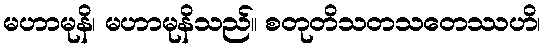
မဟာမုနိ၊ မဟာမုနိသည်။ စတုတိသတသတေဿဟိ၊